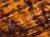
الصحي